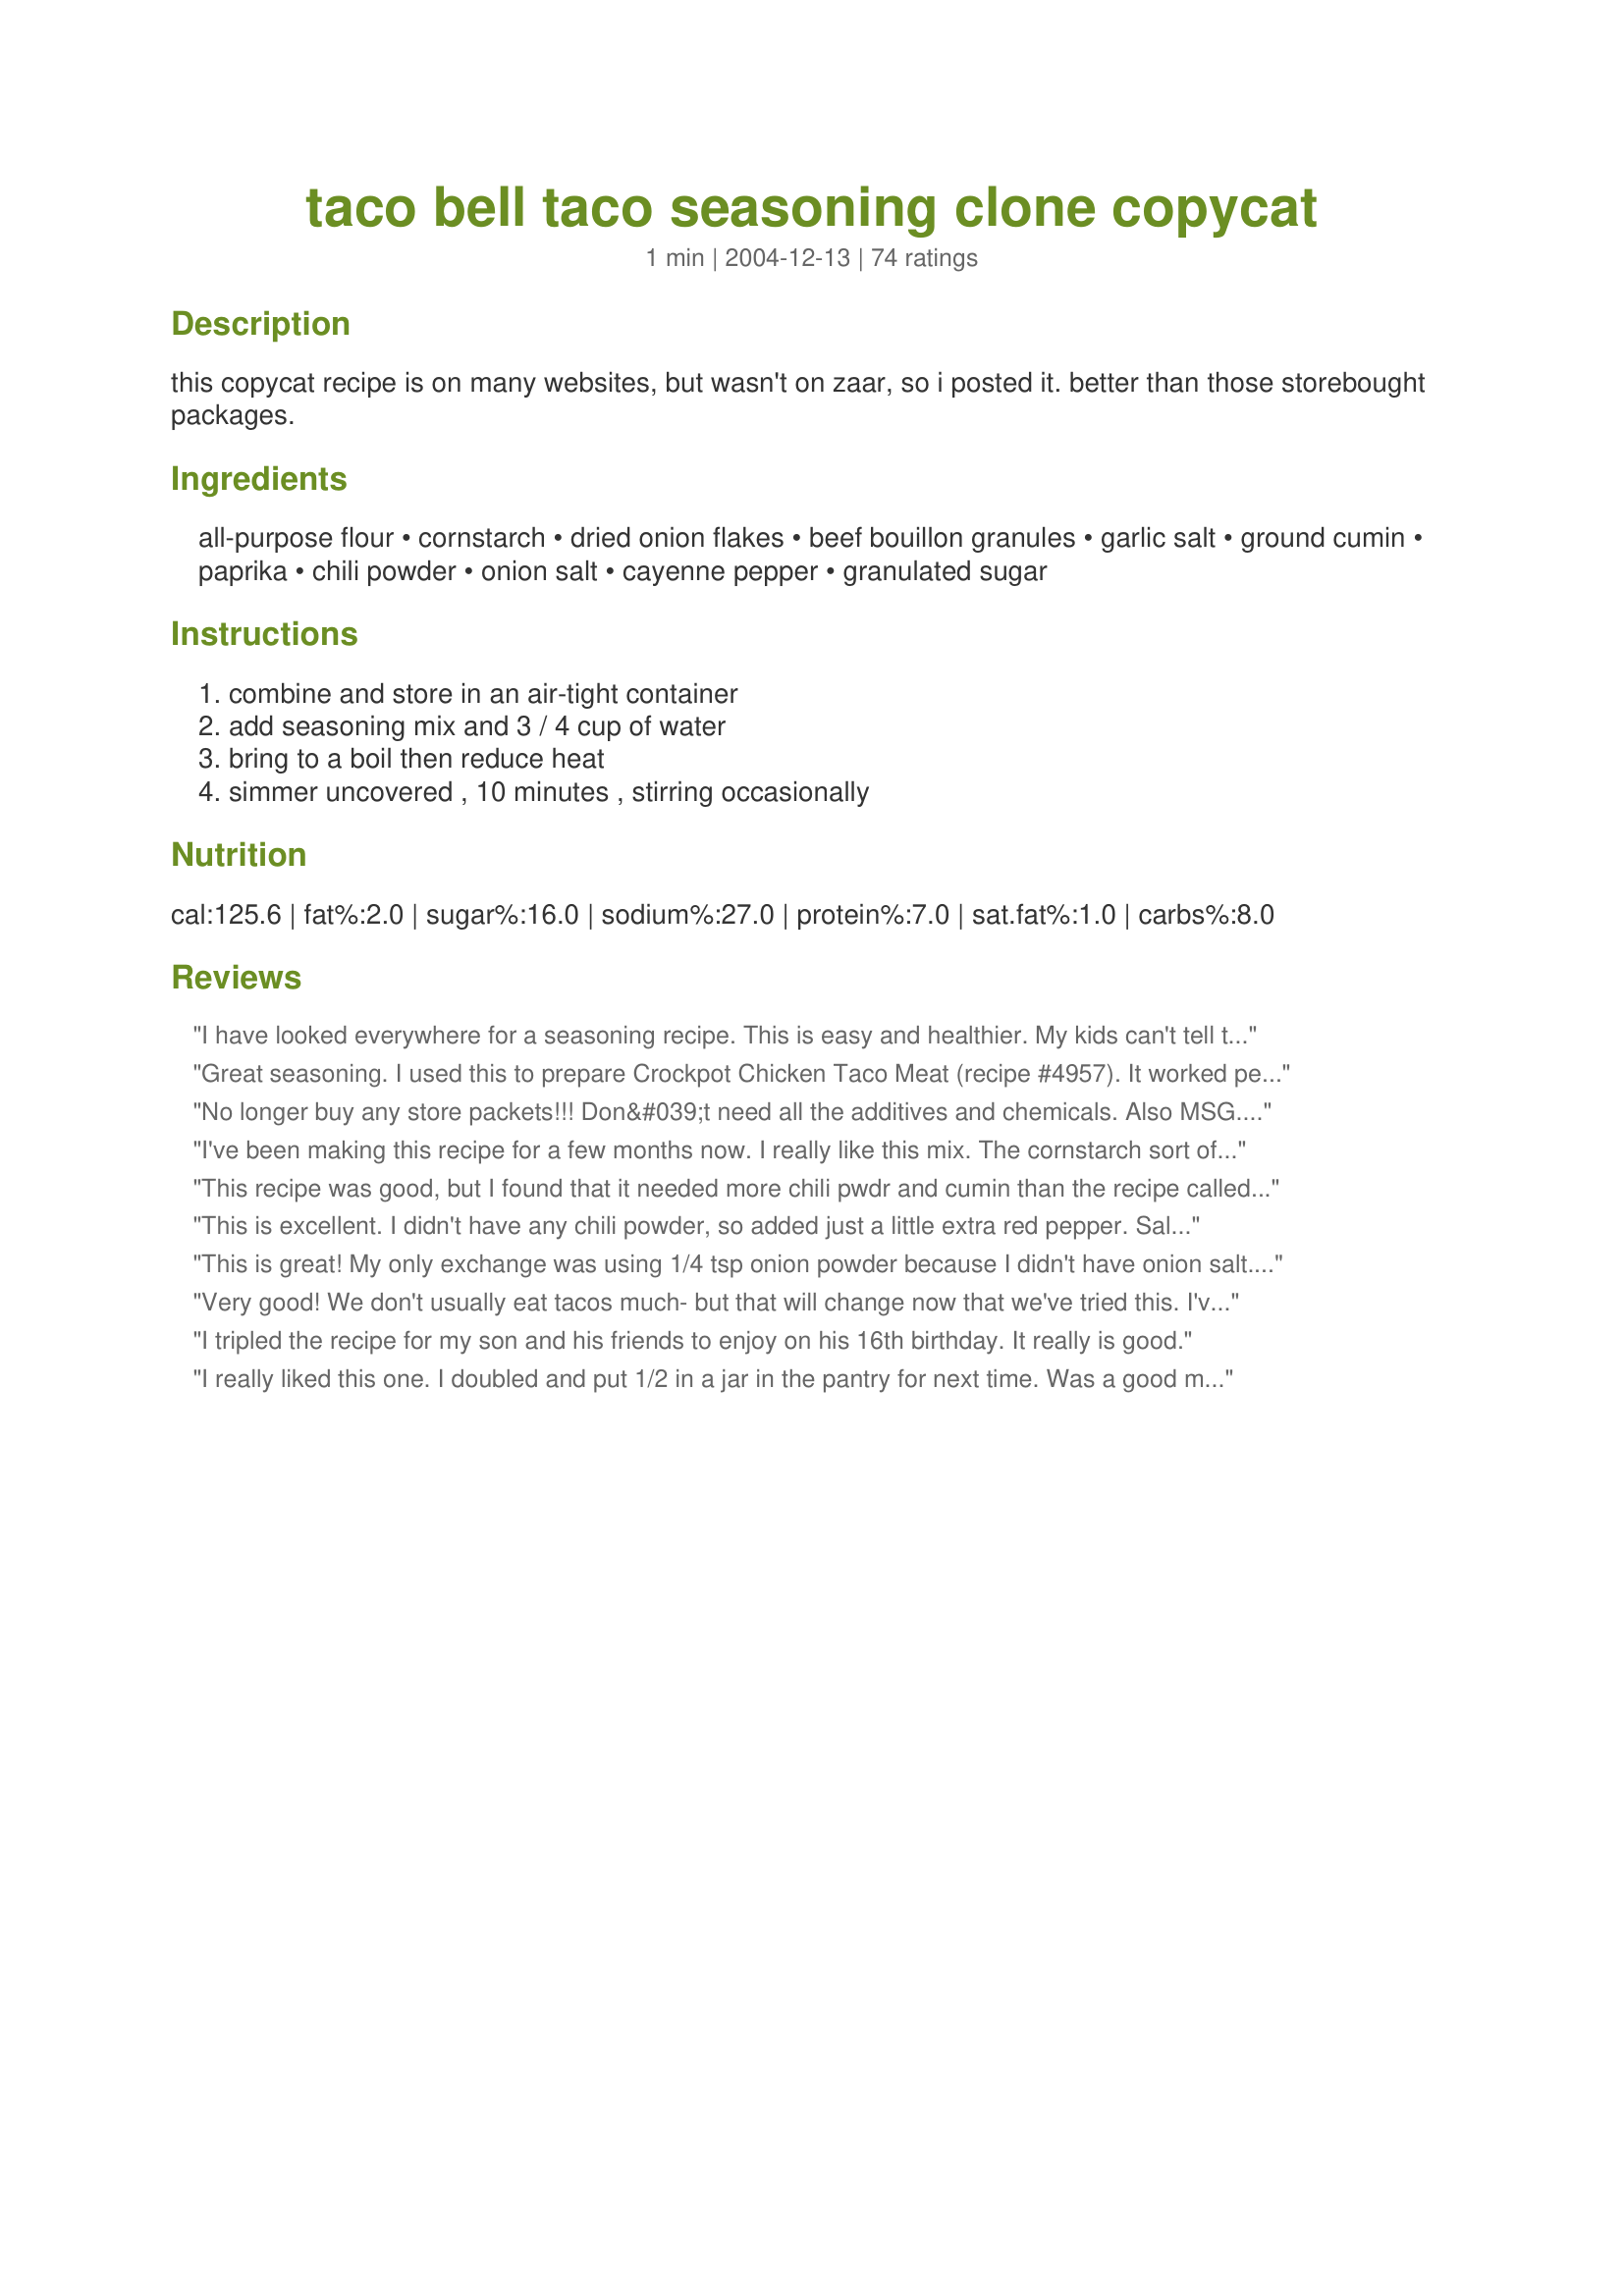
taco bell taco seasoning clone copycat
Preparation time: 1 minutes

this copycat recipe is on many websites, but wasn't on zaar, so i posted it. better than those storebought packages.

Ingredients:
all-purpose flour, cornstarch, dried onion flakes, beef bouillon granules, garlic salt, ground cumin, paprika, chili powder, onion salt, cayenne pepper, granulated sugar

Steps:
combine and store in an air-tight container, add seasoning mix and 3 / 4 cup of water, bring to a boil then reduce heat, simmer uncovered , 10 minutes , stirring occasionally

Reviews:
I have looked everywhere for a seasoning recipe. This is easy and healthier. My kids can't tell the difference. And it is my little secret.
Great seasoning. I used this to prepare Crockpot Chicken Taco Meat (recipe #4957). It worked perfectly and had excellent flavor. This will be repeated in our home.
No longer buy any store packets!!! Don&#039;t need all the additives and chemicals. Also MSG.&lt;br/&gt;I also add 1/2 tsp of toasted coriander. I make packets up so it is always available. Especially for my daughter I change the flour with gluten free flour or double the cornstarch or wheat sensitivities.
I've been making this recipe for a few months now. I really like this mix. The cornstarch sort of binds the meat together and it is equally delicious with ground turkey. Tacos are my comfort food and I really enjoy these.
This recipe was good, but I found that it needed more chili pwdr and cumin than the recipe called for because it was a little bland for my taste. Thanks for posting Jenn
This is excellent. I didn't have any chili powder, so added just a little extra red pepper. Salted to my taste, used powders instead of the salts, Wonderful flavor!
This is great! My only exchange was using 1/4 tsp onion powder because I didn't have onion salt. Did not miss the salt. Thanks for a keeper!
Very good! We don't usually eat tacos much- but that will change now that we've tried this. I've already made up a canister full to keep handy. Looks like I'll need 5 tablespoons of the mix per pound of ground beef (I use half ground beef and half ground turkey). Thanks for the great mix!
I tripled the recipe for my son and his friends to enjoy on his 16th birthday. It really is good.
I really liked this one. I doubled and put 1/2 in a jar in the pantry for next time. Was a good mix for Tacos. I used it on ground beef for taco salads. Worked supreme!!
I made this tonight for our tacos. It was much spicier than my usual recipe so my husband just loved it. Thanks!
Very good. I didn't have the dried onion flakes, though. Still, it tasted great! Much cheaper than packages. Thanks
It tasted more like the store packaged seasonings than taco bell. It wasn't bad. Actually a little better than the store packaged stuff.. Kind of disappointed it didn't taste anything like Taco Bell.
Can't say it tastes like Taco Bell because I don't eat there. But it was good and my kids liked it. When I asked my son if he liked it he said, "Yes." That only happens once in a blue moon. Thanks for sharing.
Freaking awesome for people who have things to do. Fast, fresh tasting and spicy. Used 3/4 lb beef only.
Really liked this recipe. I like that it makes 4 TBLS and that there is no oregano in it. Used it in Beef Enchiladas (209336). Will definately be using your recipe from now on for my taco seaoning. Thanks so much for sharing Nat Da Brat :)
I like it
I couldn't tell you if it tastes like Taco Bell or not since it has been ages since I've eaten there, but this is a great taco seasoning blend. Not too spicy or salty... gives you a great base to build on if you like your taco meat hotter, or smokier... I like to use the snack size disposable rubbermaid containers and make a big batch of this at one time so I don't have to fool around with all the measurements when we feel like a quick meal of tacos or a taco salad. This recipe is a cinch to put together and saves you a ton of money... Thanks for posting!
Outstanding in a pinch. I didn't have onion salt or garlic salt so I just used onion and garlic powder in the amounts called for of the salt and then added a half teaspoon of salt to the mix. I'll definitely used this recipe again!
I don't leave reviews very often, but had to for this. I've been looking for a homemade taco seasoning recipe for a loooong time. My husband is very, very picky on what flavors he likes, and the ones I've made in the past were not strong or flavorful enough. My husband also LOVES taco bell, and we used to frequently get the taco bell seasoning packets at the store. We both love this so much we only make this, and my husband said it's much better than the packets at the store.
perfect!
I made two batches of this tonight and it is wonderful. It took just minutes to make and it taste great. I used it in My Sisters Taco Soup which is a soup that my sister gave to me.(Yes I posted it here)I have a batch redy o go for the next time. I will never use the store bought stuff again.<br/><br/>UPDATE:12/27/12 Over the weekend before Christmas we had dinner at my son's dads place and his Step mom was out of taco seasoning and was about out the door to the store to get some. I got on my phone and got this recipe up, my son made it and not a complaint one form any one, I don't think anyone even noticed the difference.
Excellent recipe! I'm not sure how close it is to Taco Bell, but who cares . . . it's great. We always use lean ground turkey so add more cumin and chili powder. Also, we use onion & garlic powder instead of the salts and then salt to our tastes. Turkey requires more water too, but that's easy. Thanks!
I found this recipe somewhere else on the web and then found RecipeZaar and here is the same recipe. I just had to write a review. I just love this seasonings. No more buy the pre-packaged stuff. Thanks for posting!!
Nothing wrong with this except that it's too mild/bland for our taste. I even added an extra 1/2 t each of cumin and chili powder. I've never eaten at taco bell so I can't say if it tastes the same as theirs. Thanks very much.
This works better than a major brand.It works well in taco soup.Chicken tacos and burritos.
I doubled the chili powder and cumin and added a teaspoon of chipotle chili powder to spice it up. fabulous clone recipe, best one on the zaar! Edit: I now ONLY use this recipe, used to buy packages and bought a pack the other day, I am sooo spoiled with this recipe that the package tasted horrible! Kids complained too. I have been making it in bulk and keep in a jar in the freezer. I love this!! Great on chicken breasts sliced fajita style and cooked up too.
Loved this recipe. Was very close to the Taco Bell meat taste. Also, the wife has not liked store bought seasonings as they were too salty. This one was perfect for her. Thanks!!
I just love Taco Bell seasoning, but my supermarket does not always have it. This is just GREAT. Cudos fpr of putting it on Zaar. Josamdamom
All I can say is...I'll never buy taco seasoning mix again!!
I thought this recipe was absolutely perfect as it is. It tasted just like the Taco Bell brand, and that is the kind I always buy, and now I'll just make it at home, thanks for putting this recipe on the site!
My son helped me to do the seasoning. We just omitted the cayenne pepper. I cooked the meat like you said in the direction. It gave a great tasting meat and not too dry. It was perfect. Thanks Nat Da brat :) Made for all you can cook buffet
Very good seasoning made it almost exactly as written except I doubled the cumin and the chili powder as suggested by another reviewer. Also I had only beef bullion cubes so I smashed that with a rolling pin and threw it in. Thank you so much for the life saver.
I really liked this seasoning. The beef bouillon added a rich flavor and the flour/cornstarch made a good thickness. Thanks for posting, Nat.

Roxygirl
Awesome recipe. I like heat and I use hot smoked paprika and jalape&ntilde;os along with 1/2 a teaspoon of cayenne pepper. This is a regular at our dinner table. Thank you for sharing.
This was VERY good. The family inhaled the meat when we made nachos with the meat made with this seasoning. It was perfect for the kids a very mild taco flavor. I will make this often, infact I am making a batch to keep in the pantry tonight.
My daughter loves tacos made with Taco Bell seasoning packets and our store stopped carrying them. After trying other packets that were too spicy, I decided to look online for a recipe. This is it! I followed the recipe as posted and she said it tasted just like the packets I used to buy. Thanks so much for posting! I'll be making up a large batch of this!
this was just really great!!! i used this as a seasoning for some leftover 4th of July pork,and it sure beats anything you could ever get at Taco Bell.it has just enough heat without being to overly spicy.this will be a repeat at our home.thank you so much for posting.
Worked great! I subbed the onion flakes for a tsp of onion powder, and added a 1/2 tsp of chipotle chili powder for a bit more flavour. Cheers.
This is a great homemade taco seasoning! It smells just like Taco Bell! We were making tacos, but I couldn't find a taco seasoning packet in the pantry, so I searched on Zaar and found this...glad I did because it is great! Easy, fast and cheaper than the packets! Thanks Nat, we won't be buying store bought taco seasoning anymore!
Was an ok option. Tasted like a packaged mix. Ok in a pinch.
I'm pregnant and trying to avoid all the chemicals in those taco seasonings bought at the store- this was perfect and very tasty, thanks!
I have been buying taco seasoning from Costco, but ran out and this is what I found and I love it! It has a nice kick and I agree with the other reviewers that the thickening agent makes the tacos perfectly seasoned throughout, Thanks for a keeper, Nat!
Good stuff!
I made it just like the recipe except I only had boullion cubes so I put one in the water. My husband who doesn't care for Mexican food at all told me three times how much he liked it. I'd say that makes it a 5 star and a keeper. Thanks for a great recipe.

Nancy
It was very good! Stop buying the taco seasoning. My son said it tastes like Taco Bell!
Geat mix. I used "Durkee" brand Six Pepper Blend as my chili powder for a nice kick. This seasoning also makes a great taco chicken for salads!
We will never buy taco season again. This produces the best tasting homemade tacos! Thanks for the recipe!
This is really good! Just the substitute I was looking for. Thanks!
I loved this recipe, I will never use a package again.
I have no idea if this tastes like Taco Bell's but it is fabulous!! This is my new taco seasoning for sure..no more store bought packets! Thanks for sharing this, I will be using it often!
I didn't taste it myself, but my family enjoyed this. I added 1/2 cup of homemade salsa from this recipe #75751
DH and I both enjoyed this. He noticed I switched something but couldn't figure it out and said the switch was neither better nor worse than what he's used to. I found this mix to be mild in the "spicy" category which is what I prefer. I'm personally kind of sensitive to Cumin and find it can be overpowering in many recipes but not so with this mix. With that said, I can take lots of "heat" and think I will use a Medium Hot Chili Powder next time. All in all, a good mix and one I'll keep. Thanks for posting!
This stuff rocks!! Gives me a reason to go "spice shopping" if i run out of anything!! yayyyy!!! Love to use this in beef for taco stews/soups and whenever the hamburger needs a little pick-me-up. Smells better than any other taco seasoning out there, but that's because the cumin talks to me!!! lol Thanks a mil Nat!
Taco bell clone? no... doesn't taste anything like taco bell's seasoning to me. But you know what? Who cares when it tastes twice as good? Not me. Thanks so much! Your saving me money for a more 'yummier' tasting seasoning!
This was fast and perfect - tasted just like the taco bell seasoning - I won't ever buy the prepared mix again!
This is very very good. I only by the Taco Bell seasoning packets in the store. No other taco seasoning mix will do. But sadly, it is becoming very hard to find locally. I can stop searching now because this recipe is very close, even better than the packets. Yummm!
Very easy to make and way better than prepackaged.
5 stars for sure....the flavors blended perfectly and I like the "thickness" that the cornstarch and flour add - really adheres to the meat so that you get flavor in every bite.
I have used this recipe for years and have loved it! This is the only taco seasoning we use.
I made this tonight for a taco salad made with hamburger meat. I accidentally used onion powder instead of onion salt, and I didn't have any cumin; so I just left it out. But it was still really good. I will be keeping this recipe and using it again, hopefully next time with all of the proper ingredients.
Very successful recipe! I had to sub the garlic and onion salt for powder, but just added a 1/4 tsp. salt. Also, no beef bouillon, but still tasted great! Next time I will try a bit more cayenne. Thanks!
Great seasoning mix! I forgot to pick up a packet of seasoning at the grocery last weekend and didn't realize it until taco night! So happy to have found this recipe, it will replace our packet from now on! Thanks so much for posting your wonderful recipe, it is a keeper! :)
Love It. Always bought packaged not anymore. When I make it I triple the recipe, so I always have some on hand. Thanks.
This is a great recipe! Will be using this instead of the packages from the store from now on.
I like the Taco Brand seasoning packets because it is a milder seasoning than some others. This recipe worked well & thickened like it is supposed too. I did up the amounts cumin & chili powder as suggested by another reviewer and will probably add just a touch more when I use it again. Thank you for posting this recipe!
slightly disappointed since it doesn't taste like Taco Bell meat, and the dried onion flakes make the texture wrong to me. I doubled the chili powder, cumin and added some coriander to improve the flavor.
Yummy!! I browned my meat with an onion and three garlic cloves. I also added chopped tomotoes and used the juice from the tomatoes instead of water. Finally, I put some chili beans in the mix and had a wonderful meal. Thanks for posting the recipe!!
This is great stuff!
I leave out the flour, and double the amounts of chili powder and cumin (and I grind my own cumin).
I keep forgetting to review this recipe, but I've about six batches of this so far.
I haven't been to Taco Bell in at least a dozen years, so I can't really rate this based on that. But I can tell you it is very good. Even the kids liked it. Good flavor without too much heat. We liked this better than the taco seasoning packets from the store so I am sure we will make this again. Thanks
I used this for my chicken soft tacos. This was great! Simple and way better than the store bought packages. Thanks!
Great taste! I was very happy with the recipe. Next time I am going to try it without the onion salt. It seemed like it needed a little less salt. Of course, that amount of salt is probably what gets the recipe so close to the Taco Bell version. I already mixed up the next batch. Thank you for posting it!!! My family loved it.
I thought this had a good level of seasoning -- I used it in a Taco Soup recipe, and it was just perfect for that. Great money-saver, and saved me a trip to the store, thanks!
This was very good, exactly what I've been looking for. The big taste difference in this one is the beef boullion granules, it really adds a "meaty" flavor. Excellent!
